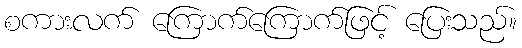
စကားလက် ကြောက်ကြောက်ဖြင့် ပြေးသည်။